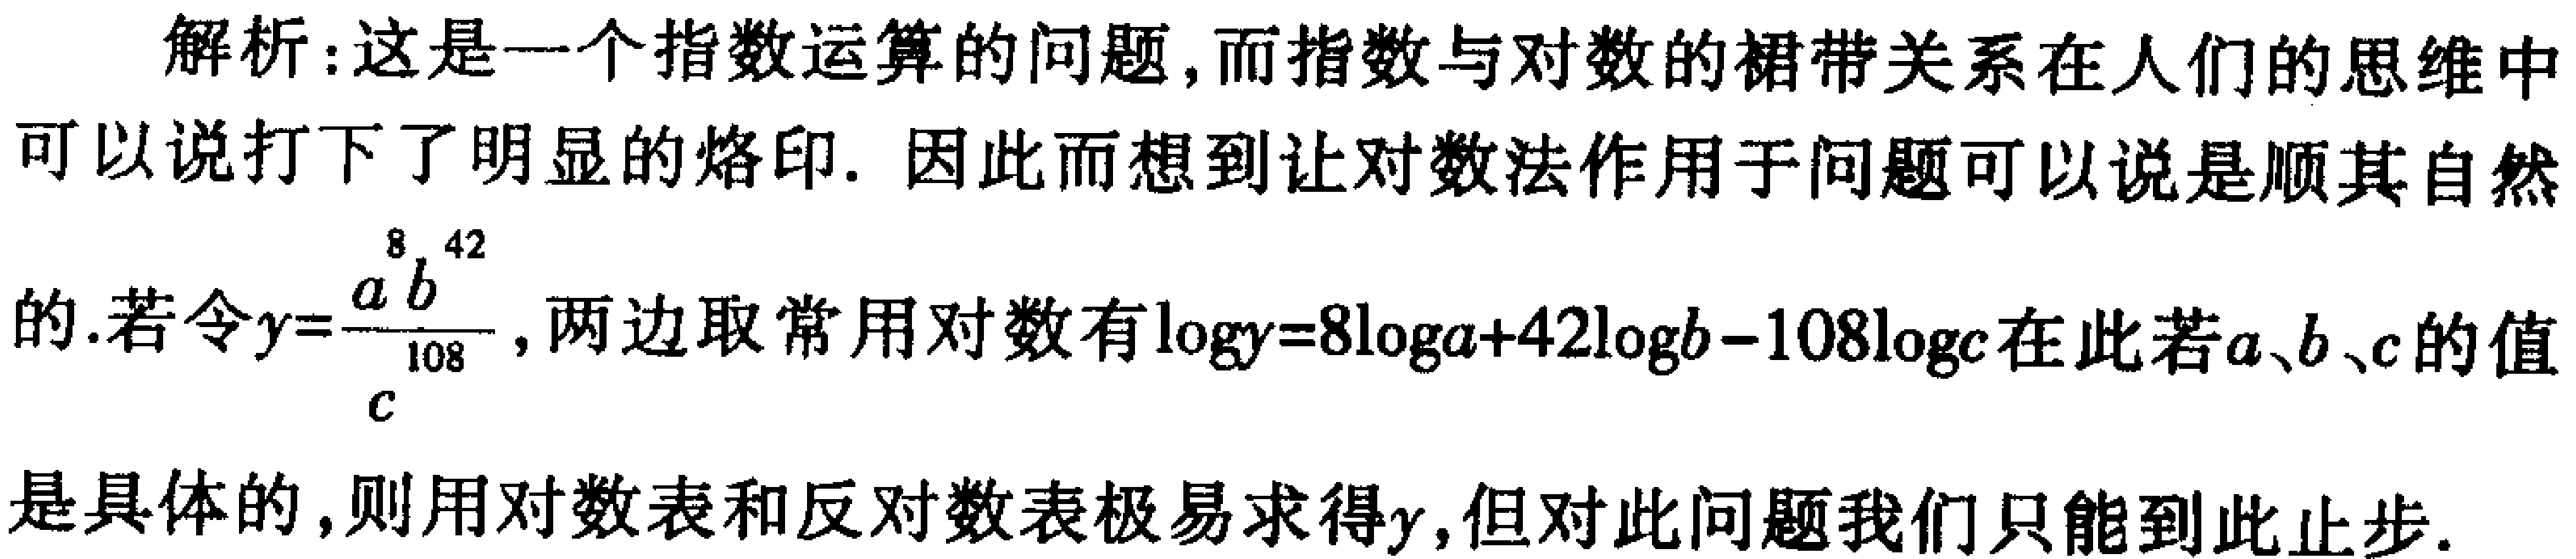
解析：这是一个指数运算的问题,而指数与对数的裙带关系在人们的思维中可以说打下了明显的烙印. 因此而想到让对数法作用于问题可以说是顺其自然的.若令\(y = \frac{a^{8}b^{42}}{c^{108}}\),两边取常用对数有\(\log y = 8\log a + 42\log b-108\log c\)在此若\(a、b、c\)的值是具体的,则用对数表和反对数表极易求得\(y\),但对此问题我们只能到此止步.